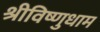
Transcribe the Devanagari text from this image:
श्रीविष्णुधाम